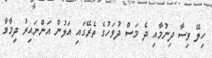
ހިލޭ ވިސާ ދިނުމާއި ދެ މަސް ދުވަހުގެ ތެރޭގައި އަލުން އަންނައިރު ދިމާވާ